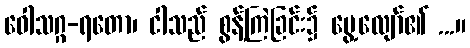
ဝေါသဂ္ဂ-ရတော၊ ငါသည် စွန့်ကြဲခြင်း၌ မွေ့လျော်၏ ...။